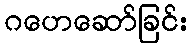
ဂဟေဆော်ခြင်း